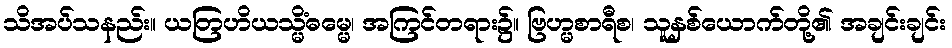
သိအပ်သနည်း။ ယတြဟိယသ္မိံဓမ္မေ၊ အကြင်တရား၌။ ဗြဟ္မစာရီစ၊ သူနှစ်ယောက်တို့၏ အချင်းချင်း